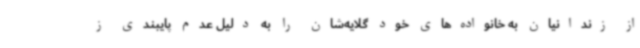
از زندانیان به خانواده‌های خود گلایه‌شان را به دلیل عدم پایبندی ز